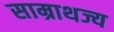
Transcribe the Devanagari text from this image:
साम्राथज्य